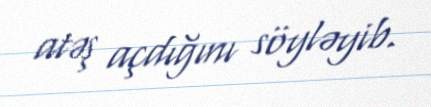
atəş açdığını söyləyib.